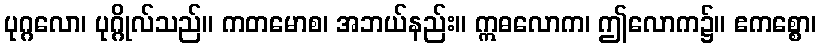
ပုဂ္ဂလော၊ ပုဂ္ဂိုလ်သည်။ ကတမောစ၊ အဘယ်နည်း။ ဣဓလောက၊ ဤလောက၌။ ဧကစ္စော၊